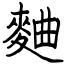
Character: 麯